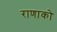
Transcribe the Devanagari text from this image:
राणाको